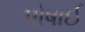
પોષાઈ